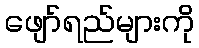
ဖျော်ရည်များကို